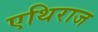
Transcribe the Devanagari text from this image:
एथिराज